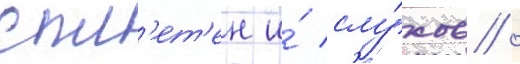
спл'ет'ен и́ слу́хов /